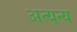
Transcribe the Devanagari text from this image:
अत्यन्य